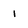
Character: i